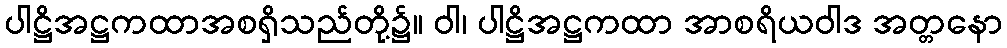
ပါဋ္ဌိအဋ္ဌကထာအစရှိသည်တို့၌။ ဝါ၊ ပါဋ္ဌိအဋ္ဌကထာ အာစရိယဝါဒ အတ္တနော